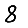
Digit: 8